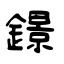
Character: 鐛